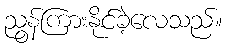
ညွန်ကြားနိုင်ခဲ့လေသည်။